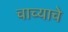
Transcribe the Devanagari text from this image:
चाच्याचे